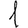
Digit: 1